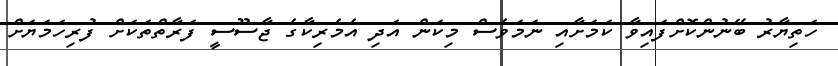
ހަތިޔާރު ބޭނުންކޮށްފައިވާ ކަމަށާއި ނަމަވެސް މިކަން އަދި އެމެރިކާގެ ޖާސޫސީ ފަރާތްތަކަށް ފުރިހަމަޔަށް